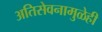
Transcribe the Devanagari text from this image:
अतिसेवनामुळेही